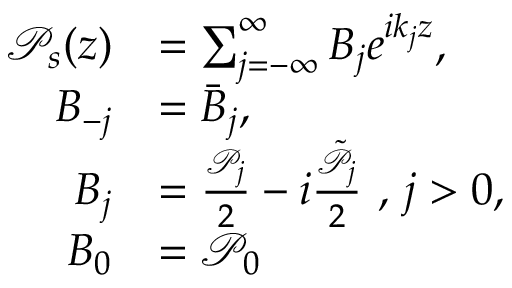
\begin{array} { r l } { \mathcal { P } _ { s } ( z ) } & { = \sum _ { j = - \infty } ^ { \infty } B _ { j } e ^ { i k _ { j } z } , } \\ { B _ { - j } } & { = \bar { B } _ { j } , } \\ { B _ { j } } & { = \frac { \mathcal { P } _ { j } } { 2 } - i \frac { \tilde { \mathcal { P } } _ { j } } { 2 } \mathrm { ~ , ~ } j > 0 , } \\ { B _ { 0 } } & { = \mathcal { P } _ { 0 } } \end{array}